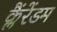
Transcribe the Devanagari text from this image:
क्लैंरेंडम